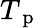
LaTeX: T_{\mathrm{~p~}}